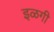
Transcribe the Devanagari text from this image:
इळगी